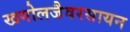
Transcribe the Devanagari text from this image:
खगोलजैवरसायन